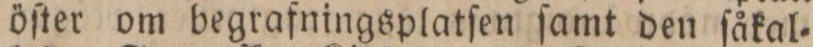
sysselsatt med att ordna sterbhusets affärer. Han